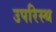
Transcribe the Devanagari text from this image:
उपरिस्थ